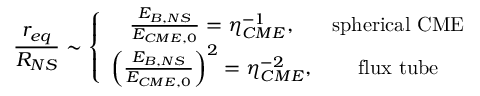
\frac { r _ { e q } } { R _ { N S } } \sim \left\{ \begin{array} { c c } { \frac { E _ { B , N S } } { E _ { C M E , 0 } } = \eta _ { C M E } ^ { - 1 } , } & { \mathrm { s p h e r i c a l ~ C M E } } \\ { \left( \frac { E _ { B , N S } } { E _ { C M E , 0 } } \right) ^ { 2 } = \eta _ { C M E } ^ { - 2 } , } & { \mathrm { f l u x ~ t u b e } } \end{array} \right.